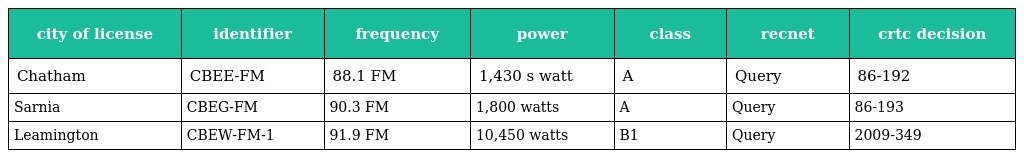
| city of license | identifier | frequency | power | class | recnet | crtc decision |
 | --- | --- | --- | --- | --- | --- | --- |
 | Chatham | CBEE-FM | 88.1 FM | 1,430 s watt | A | Query | 86-192 |
 | Sarnia | CBEG-FM | 90.3 FM | 1,800 watts | A | Query | 86-193 |
 | Leamington | CBEW-FM-1 | 91.9 FM | 10,450 watts | B1 | Query | 2009-349 |